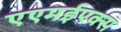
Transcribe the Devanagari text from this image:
एएमईएक्स